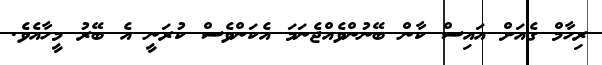
ރިހާމް ގެއަށް އައިސް ކާން ބޭނުންވެއްޖެނަމަ އެކަންވެސް ކުރަނީ އެ ބޭރު މީހާއެވެ.